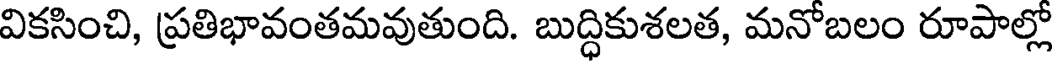
వికసించి, ప్రతిభావంతమవుతుంది. బుద్ధికుశలత, మనోబలం రూపాల్లో